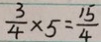
\frac { 3 } { 4 } \times 5 = \frac { 1 5 } { 4 }